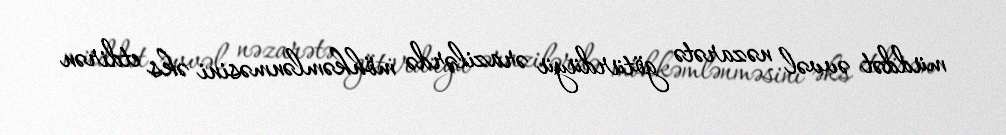
müddət əvvəl nəzarətə götürdüyü ərazilərdə möhkəmlənməsini əks etdirən